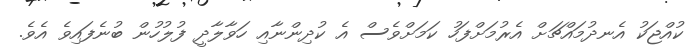
ކުއްޖަކު އެނދުމައްޗަށް އެރުމަށްފަހު ކަމަށްވެސް އެ ކުދިންނާއި ހަވާލާދީ ފުލުހުން ބުނެފައިވެ އެވެ.